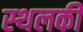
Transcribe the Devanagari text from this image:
स्‍थलकी